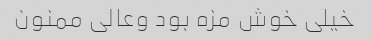
خیلی خوش مزه بود وعالی ممنون